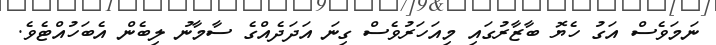
ނަމަވެސް އަގު ހެޔޮ ބާޒާރުގައި މިއަހަރުވެސް ގިނަ އަދަދެއްގެ ސާމާނު ލިބެން އެބަހުއްޓެވެ.